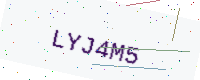
Text: LYJ4M5